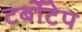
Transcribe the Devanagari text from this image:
टर्बोटेप